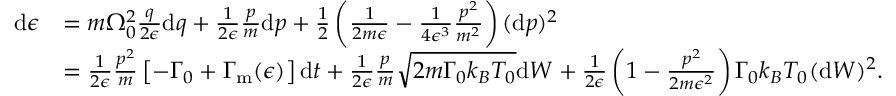
\begin{array} { r l } { \mathrm { d } \epsilon } & { = m \Omega _ { 0 } ^ { 2 } \frac { q } { 2 \epsilon } \mathrm { d } q + \frac { 1 } { 2 \epsilon } \frac { p } { m } \mathrm { d } p + \frac { 1 } { 2 } \left( \frac { 1 } { 2 m \epsilon } - \frac { 1 } { 4 \epsilon ^ { 3 } } \frac { p ^ { 2 } } { m ^ { 2 } } \right) ( \mathrm { d } p ) ^ { 2 } } \\ & { = \frac { 1 } { 2 \epsilon } \frac { p ^ { 2 } } { m } \left[ - \Gamma _ { 0 } + \Gamma _ { \mathrm { m } } ( \epsilon ) \right] \mathrm { d } t + \frac { 1 } { 2 \epsilon } \frac { p } { m } \sqrt { 2 m \Gamma _ { 0 } k _ { B } T _ { 0 } } \mathrm { d } W + \frac { 1 } { 2 \epsilon } \left( 1 - \frac { p ^ { 2 } } { 2 m \epsilon ^ { 2 } } \right) { \Gamma _ { 0 } k _ { B } T _ { 0 } } ( \mathrm { d } W ) ^ { 2 } \mathrm { . } } \end{array}